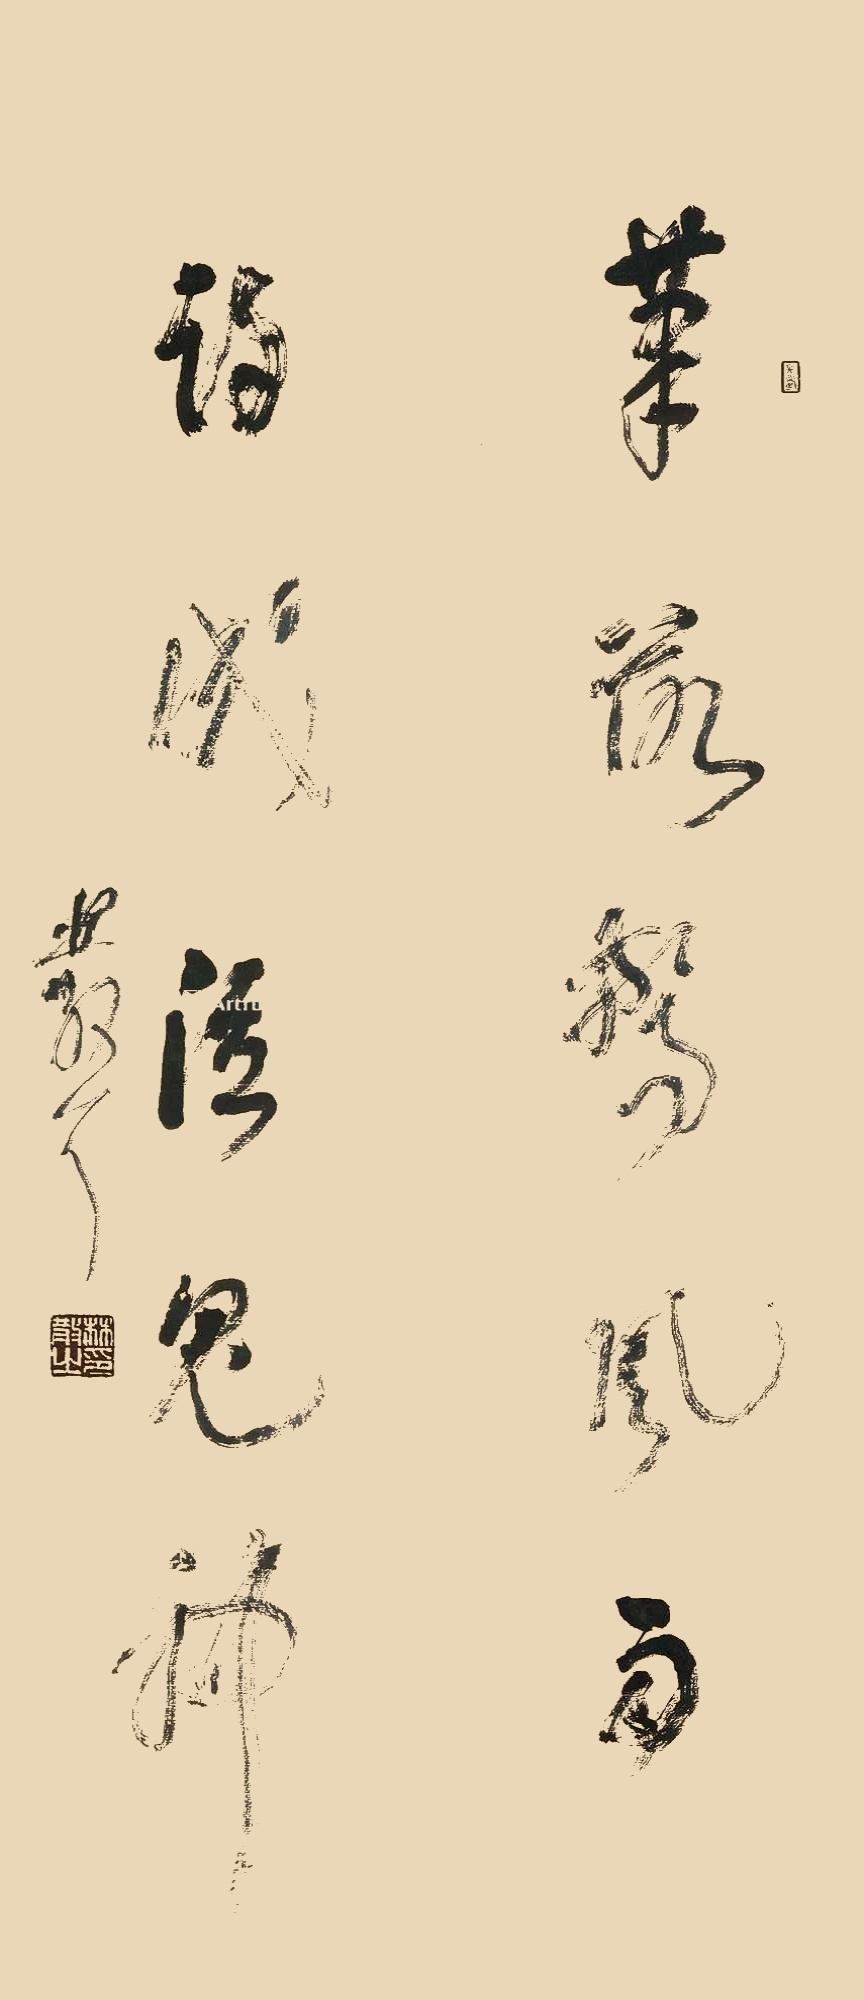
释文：笔落惊风雨，诗成泣鬼神。林散耳。